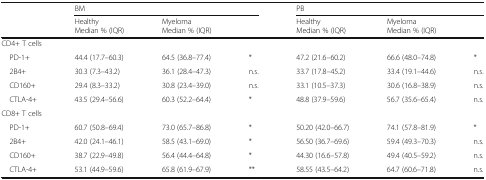
<table><thead><tr><td rowspan="2"></td><td colspan="3"><b>BM</b></td><td colspan="3"><b>PB</b></td></tr><tr><td><b>HealthyMedian % (IQR)</b></td><td colspan="2"><b>MyelomaMedian % (IQR)</b></td><td><b>HealthyMedian % (IQR)</b></td><td colspan="2"><b>MyelomaMedian % (IQR)</b></td></tr></thead><tbody><tr><td colspan="7">CD4+ T cells</td></tr><tr><td> PD-1+</td><td>44.4 (17.7–60.3)</td><td>64.5 (36.8–77.4)</td><td>*</td><td>47.2 (21.6–60.2)</td><td>66.6 (48.0–74.8)</td><td>*</td></tr><tr><td> 2B4+</td><td>30.3 (7.3–43.2)</td><td>36.1 (28.4–47.3)</td><td>n.s.</td><td>33.7 (17.8–45.2)</td><td>33.4 (19.1–44.6)</td><td>n.s.</td></tr><tr><td> CD160+</td><td>29.4 (8.3–33.2)</td><td>30.8 (23.4–39.0)</td><td>n.s.</td><td>33.1 (10.5–37.3)</td><td>30.6 (16.8–38.9)</td><td>n.s.</td></tr><tr><td> CTLA-4+</td><td>43.5 (29.4–56.6)</td><td>60.3 (52.2–64.4)</td><td>*</td><td>48.8 (37.9–59.6)</td><td>56.7 (35.6–65.4)</td><td>n.s.</td></tr><tr><td colspan="7">CD8+ T cells</td></tr><tr><td> PD-1+</td><td>60.7 (50.8–69.4)</td><td>73.0 (65.7–86.8)</td><td>*</td><td>50.20 (42.0–66.7)</td><td>74.1 (57.8–81.9)</td><td>*</td></tr><tr><td> 2B4+</td><td>42.0 (24.1–46.1)</td><td>58.5 (43.1–69.0)</td><td>*</td><td>56.50 (36.7–69.6)</td><td>59.4 (49.3–70.3)</td><td>n.s.</td></tr><tr><td> CD160+</td><td>38.7 (22.9–49.8)</td><td>56.4 (44.4–64.8)</td><td>*</td><td>44.30 (16.6–57.8)</td><td>49.4 (40.5–59.2)</td><td>n.s.</td></tr><tr><td> CTLA-4+</td><td>53.1 (44.9–59.6)</td><td>65.8 (61.9–67.9)</td><td>**</td><td>58.55 (43.5–64.2)</td><td>64.7 (60.6–71.8)</td><td>n.s.</td></tr></tbody></table>